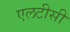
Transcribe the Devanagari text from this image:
एलटीसी